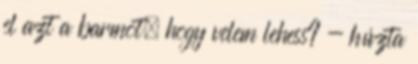
el azt a barmot, hogy velem lehess? - húzta